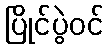
ပြိုင်ပွဲဝင်